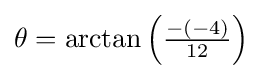
{\textstyle \theta =\arctan \left({\frac {-(-4)}{12}}\right)}